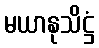
မယာနုသိဋ္ဌံ